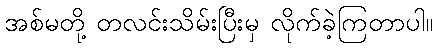
အစ်မတို့ တလင်းသိမ်းပြီးမှ လိုက်ခဲ့ကြတာပါ။